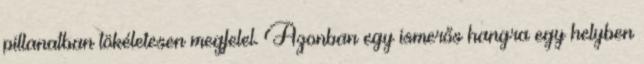
pillanatban tökéletesen megfelel. Azonban egy ismerős hangra egy helyben